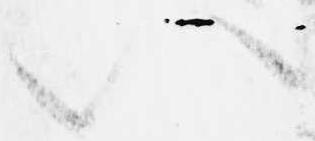
以